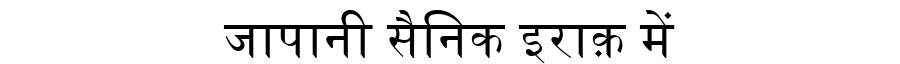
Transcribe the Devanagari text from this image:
जापानी सैनिक इराक़ में